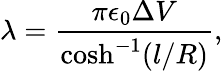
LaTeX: \lambda=\frac{\pi\epsilon_{0}\Delta V}{\cosh^{-1}(l/R)},